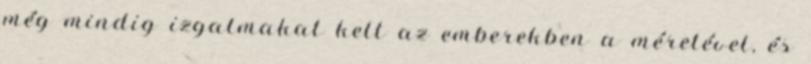
még mindig izgalmakat kelt az emberekben a méretével, és